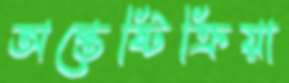
অন্তেষ্টিক্রিয়া